Lunatic asylums United Provinces 1899-1908 - 1899-1908
Year: 1899
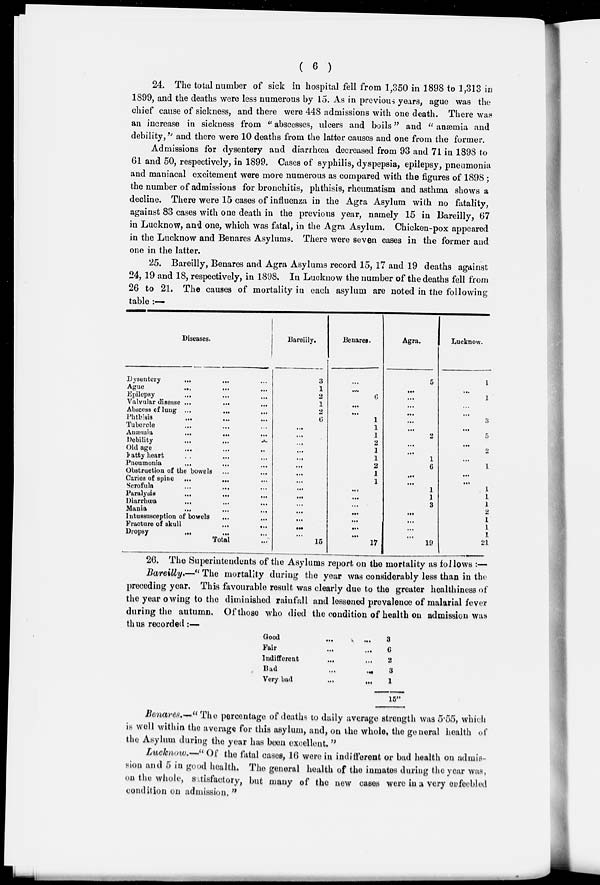
( 6 )
24. The total number of sick in hospital fell from 1,350 in 1898 to 1,313 in
1899, and the deaths were less numerous by 15. As in previous years, ague was the
chief cause of sickness, and there were 448 admissions with one death. There was
an increase in sickness from "abscesses, ulcers and boils" and "anæmia and
debility," and there were 10 deaths from the latter causes and one from the former.
Admissions for dysentery and diarrhœa decreased from 93 and 71 in 1898 to
61 and 50, respectively, in 1899. Cases of syphilis, dyspepsia, epilepsy, pneumonia
and maniacal excitement were more numerous as compared with the figures of 1898;
the number of admissions for bronchitis, phthisis, rheumatism and asthma shows a
decline. There were 15 cases of influenza in the Agra Asylum with no fatality,
against 83 cases with one death in the previous year, namely 15 in Bareilly, 67
in Lucknow, and one, which was fatal, in the Agra Asylum. Chicken-pox appeared
in the Lucknow and Benares Asylums. There were seven cases in the former and
one in the latter.
25. Bareilly, Benares and Agra Asylums record 15, 17 and 19 deaths against
24, 19 and 18, respectively, in 1898. In Lucknow the number of the deaths fell from
26 to 21. The causes of mortality in each asylum are noted in the following
table :—
Diseases.
Dysentery ... ... ...
Ague ... ... ...
Epilepsy ... ... ...
Valvular disease ... ... ...
Abscess of lung ... ... ...
Phthisis ... ... ...
Tubercle ... ... ...
Auæmia
...
...
...
Debility
...
...
...
Old age ... ... ...
Fatty heart ... ... ...
Pneumonia ... ...
Obstruction of the bowels ... ...
Caries of spine
...
...
Scrofula ... ... ...
Paralysis
...
...
Diarrhœa ... ... ...
Mania
...
...
...
Intussusception of bowels ... ...
Fracture of skull ... ...
Dropsy ... ... ...
Total ...
Bareilly.
3
1
2
1
2
6
...
...
...
...
...
...
...
...
...
...
...
...
...
...
...
15
Benares.
...
...
6
...
...
1
1
1
2
1
1
2
1
1
...
...
...
...
...
...
...
17
Agra.
5
...
...
...
...
...
...
2
...
...
1
6
...
...
1
1
3
...
...
...
...
19
Lucknow.
1
....
1
...
...
3
...
5
...
2
...
1
...
...
1
1
1
2
1
1
1
21
26. The Superintendents of the Asylums report on the mortality as follows :—
Bareilly.—"The
mortality during the year was considerably less than in the
preceding year. This favourable result was clearly due to the greater healthiness of
the year owing to the diminished rainfall and lessened prevalence of malarial fever
during the autumn. Of those who died the condition of health on admission was
thus recorded:—
Good
...
...
Fair
...
...
Indifferent
...
...
Bad
...
...
Very bad
...
...
3
6
2
3
1
15"
Benares.-" The percentage of deaths to daily average strength was 5.55, which
is well within the average for this asylum, and, on the whole, the general health of
the Asylum during the year has been excellent."
Lucknow.—"Of
the fatal cases, 16 were in indifferent or bad health on admis-
sion and 5 in good health. The general health of the inmates during the year was,
on the whole, satisfactory, but many of the new cases were in a very enfeebled
condition on admission."